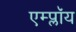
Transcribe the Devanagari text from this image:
एम्प्लॉय